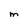
Character: M